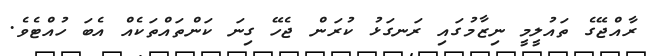
ރާއްޖޭގެ ތައުލީމީ ނިޒާމުގައި ރަނގަޅު ކުރަން ޖެހޭ ގިނަ ކަންތައްތަކެއް އެބަ ހުއްޓެވެ.